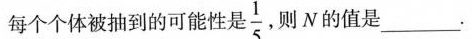
每个个体被抽到的可能性是 $$\frac{1}{5}$$ ，则N的值是_________.